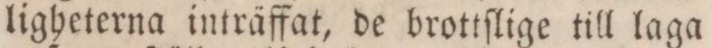
ligheterna inträffat, de brottſlige till laga